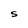
Character: 5